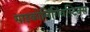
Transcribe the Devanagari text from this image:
साइकोलिंगिंवस्टिक्स